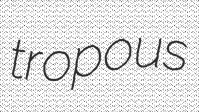
tropous